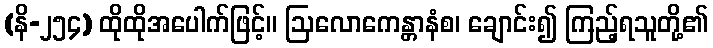
(နိ-၂၅၄) ထိုထိုအပေါက်ဖြင့်။ ဩလောကေန္တာနံစ၊ ချောင်း၍ ကြည့်ရသူတို့၏